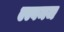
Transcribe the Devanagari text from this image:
एल्बमज